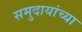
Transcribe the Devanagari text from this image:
समुदायांच्या